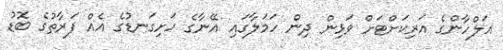
އަލްހާންގެ އަރިކަށްޓަށް ވަޅިން ދިން ހަމަލާގައި އޭނާގެ ހަށިގަނޑުގެ އެއް ފަރާތުގެ ބޮޑު